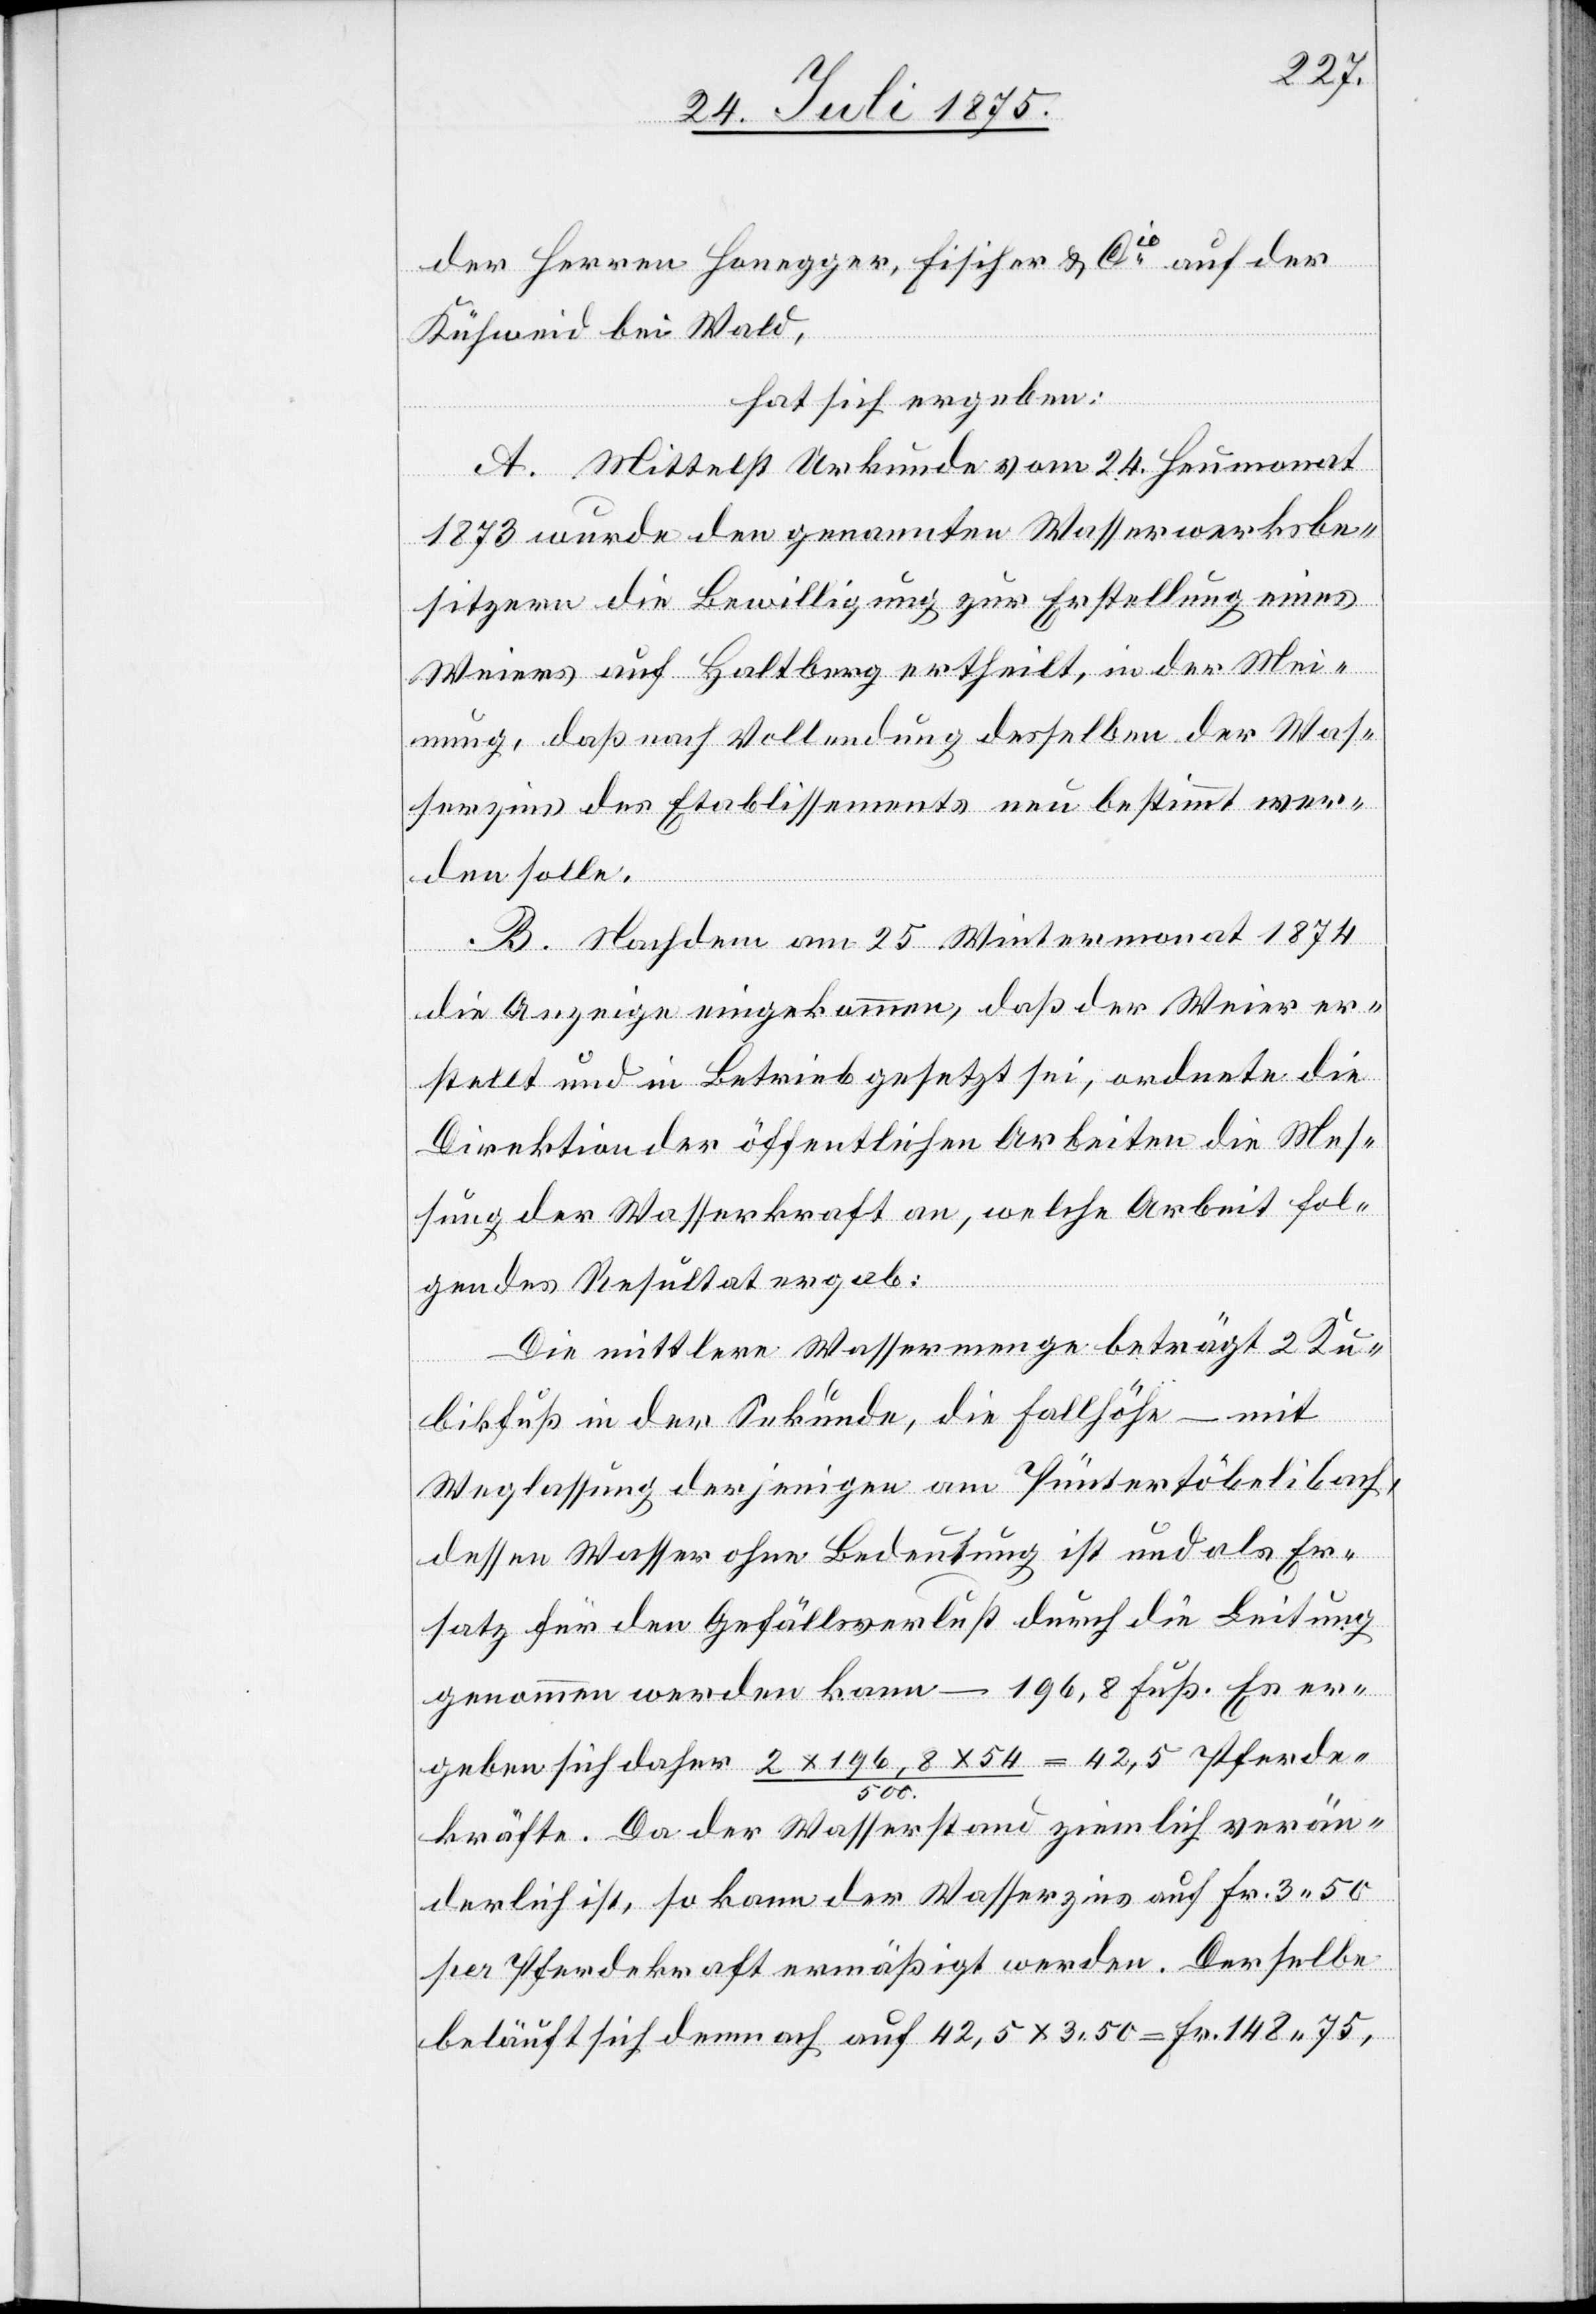
der Herren Honegger, Fischer & Cie auf der
Kühweid bei Wald,
hat sich ergeben:
A. Mittelst Urkunde vom 24. Heumonat
1873 wurde den genannten Wasserwerksbe¬
sitzern die Bewilligung zur Erstellung eines
Weiers auf Haltberg ertheilt, in der Mei¬
nung, daß nach Vollendung desselben der Was¬
serzins des Etablissements neu bestimmt wer¬
den solle.
B. Nachdem am 25. Wintermonat 1874
die Anzeige eingekommen, daß der Weier er¬
stellt und in Betrieb gesetzt sei, ordnete die
Direktion der öffentlichen Arbeiten die Mes¬
sung der Wasserkraft an, welche Arbeit fol¬
gendes Resultat ergab:
Die mittlere Wassermenge beträgt 2 Ku¬
bikfuß in der Sekunde, die Fallhöhe – mit
Weglassung derjenigen am Püntertöbelibach,
dessen Wasser ohne Bedeutung ist und als Er¬
satz für den Gefällsverlust durch die Leitung
genommen werden kann – 196,8 Fuß. Es er¬
geben sich daher 2 x 196,8 x 54 / 500 = 42,5 Pferde¬
kräfte. Da der Wasserstand ziemlich verän¬
derlich ist, so kann der Wasserzins auf Fr. 3 50
per Pferdekraft ermäßigt werden. Derselbe
beläuft sich demnach auf 42,5 x 3,50 = Fr. 148 75,